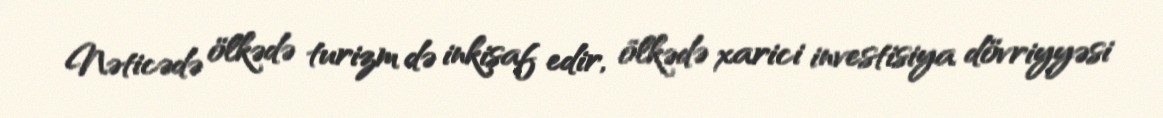
Nəticədə ölkədə turizm də inkişaf edir, ölkədə xarici investisiya dövriyyəsi